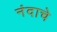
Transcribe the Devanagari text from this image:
नंदाचे